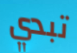
تبدي